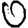
Digit: 0